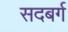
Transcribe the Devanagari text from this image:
सदबर्ग